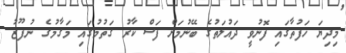
މިދިޔަ ހަފުތާގައި ފޮނުވީ ދައުލަތުގެ ބޭނުމަށް ފަސް ކާރު ގަތުމުގައި މަގާމުގެ ނުފޫޒު